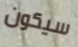
سيكون